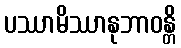
ပဿာမိဿာနုဘာဝန္တိ